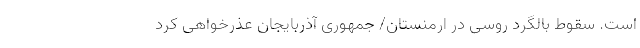
است. سقوط بالگرد روسی در ارمنستان/ جمهوری آذربایجان عذرخواهی کرد